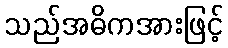
သည်အဓိကအားဖြင့်